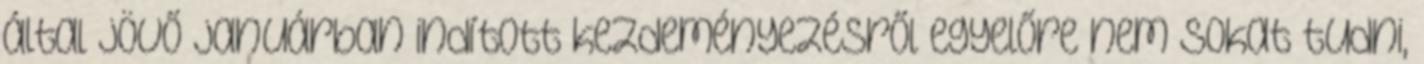
által jövő januárban indított kezdeményezésről egyelőre nem sokat tudni,